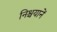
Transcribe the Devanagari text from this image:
निश्चयानें